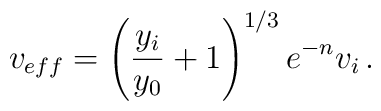
v_{eff} = \left( {y_i\over y_0} + 1 \right)^{1/3}e^{-n}v_i\,.